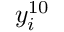
y _ { i } ^ { 1 0 }